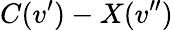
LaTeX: C(v^{\prime})-X(v^{\prime\prime})